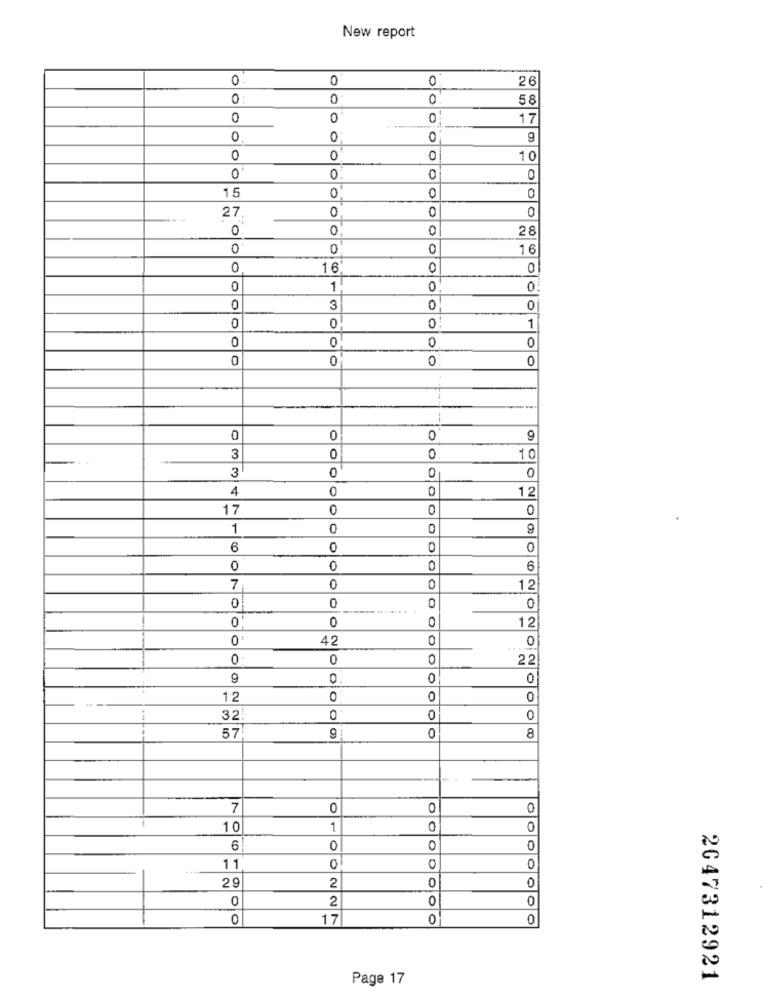
New report
0.
0
0
26
0 :
0
0
58
0
0
0
17
0
0
0
9
0
0
0
10
0
0.
0
0
15
0
0
0
27
0
0
0
0
0
0
28
0
0
16
0
16
0
0
0
1
0
0
0
3
0
0
0
0
1
O
0
0
0
0
0
0
0
0
0
..
3
0
0
10
0
0
3
0
4
0
12
17
0
0
0
1
0
6
0
0
0
0
0
6
7
0
12
0
0
0
0
0
12
0
42
0
0
0
0
0
22
9
0.
0
0
12
0
0
32
0
0
57
9
8
7
0
0
0
1 0
1
0
6
0
0
0
11
0
0
29
0
0
2
2
0
0
0
17
0
0
Page 17
2047312921